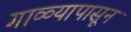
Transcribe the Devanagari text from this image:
गाळ्यापासून